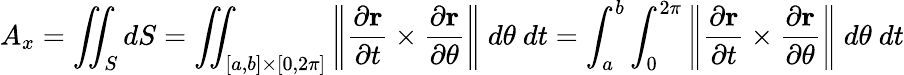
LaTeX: A_{x}=\iint_{S}dS=\iint_{[a,b]\times[0,2\pi]}\left\| {\frac{\partial\mathbf{r}}{\partial t}}\times{\frac{\partial\mathbf{r}}{\partial\theta}}\right\| \ d\theta\ dt=\int_{a}^{b}\int_{0}^{2\pi}\left\| {\frac{\partial\mathbf{r}}{\partial t}}\times{\frac{\partial\mathbf{r}}{\partial\theta}}\right\| \ d\theta\ dt